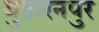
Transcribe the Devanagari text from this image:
बुहारनपुर